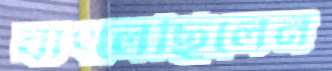
বাৎলেছিলেন